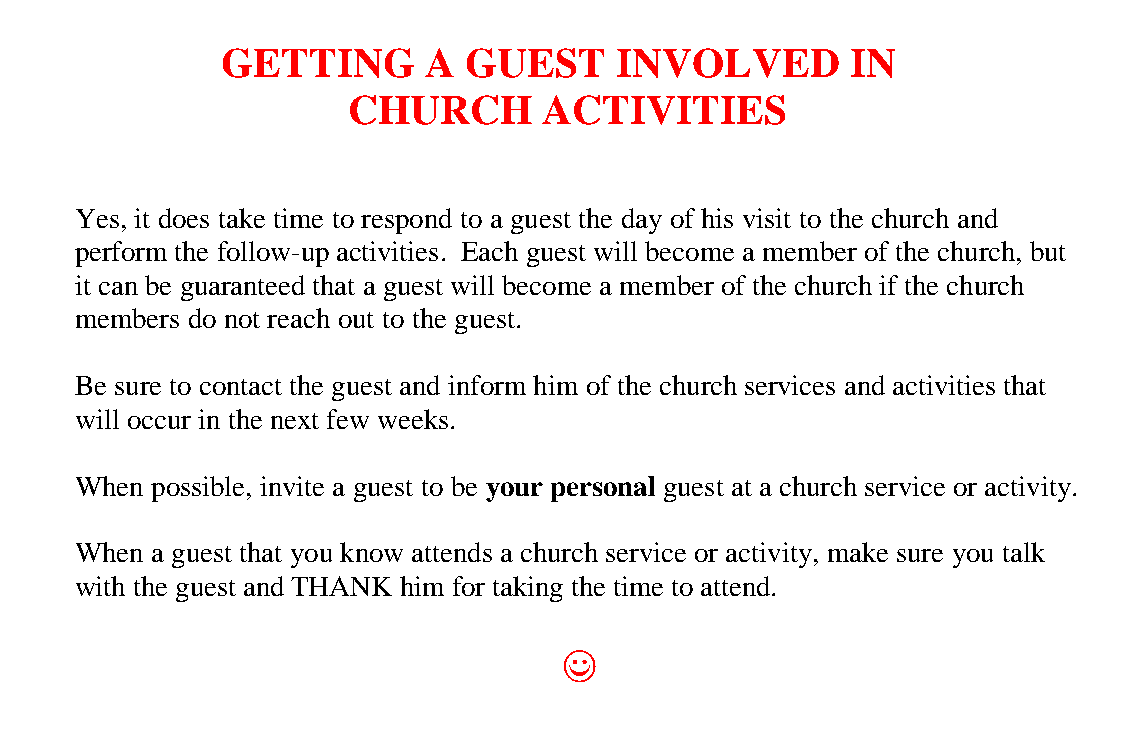
GETTING      A  GUEST     INVOLVED       IN
 CHURCH       ACTIVITIES
 Yes, it does take time to respond to a guest the day of his visit to the church and
 perform the follow-up activities. Each guest will become a member of the church, but
 it can be guaranteed that a guest will become a member of the church if the church
 members do not reach out to the guest.
 Be sure to contact the guest and inform him of the church services and activities that
 will occur in the next few weeks.
 When possible, invite a guest to be your personal guest at a church service or activity.
 When a guest that you know attends a church service or activity, make sure you talk
 with the guest and THANK him for taking the time to attend.
 ((